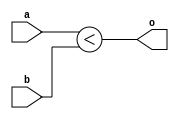
module basic_compare_lt(input [1:0] a, input[1:0] b, output o);
	assign o = a < b;
endmodule